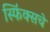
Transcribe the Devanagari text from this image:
स्फिंक्सचे